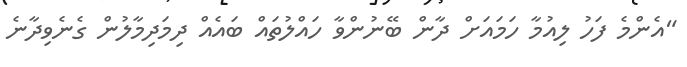
"އެންމެ ފަހު ލިއުމާ ހަމައަށް ދާން ބޭނުންވާ ހައްލުތައް ބައެއް ދިމަދިމާލުން ގެނެވިދާނެ